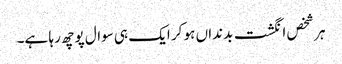
ہر شخص انگشت بدنداں ہو کر ایک ہی سوال پوچھ رہا ہے۔